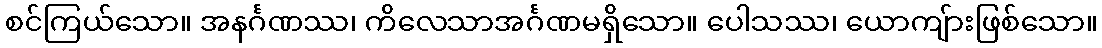
စင်ကြယ်သော။ အနင်္ဂဏဿ၊ ကိလေသာအင်္ဂဏမရှိသော။ ပေါသဿ၊ ယောကျ်ားဖြစ်သော။